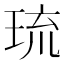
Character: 琉